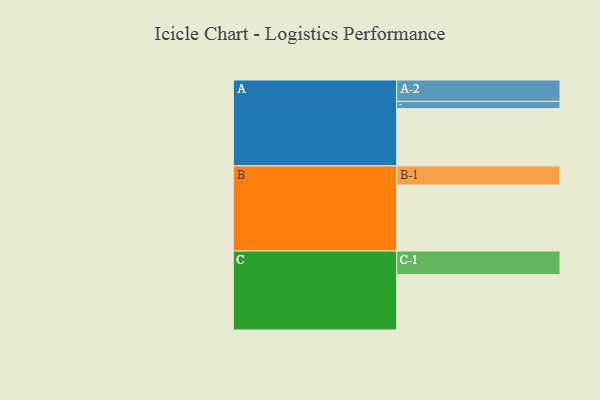
{"axis": {"x": "Segment", "y": "Value"}, "legend": ["", "A", "B", "C"], "data": [{"x": "A", "y": 451, "type": ""}, {"x": "B", "y": 520, "type": ""}, {"x": "C", "y": 437, "type": ""}, {"x": "A-1", "y": 57, "type": "A"}, {"x": "A-2", "y": 169, "type": "A"}, {"x": "B-1", "y": 151, "type": "B"}, {"x": "C-1", "y": 186, "type": "C"}]}